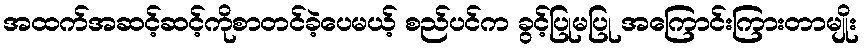
အထက်အဆင့်ဆင့်ကိုစာတင်ခဲ့ပေမယ့် စည်ပင်က ခွင့်ပြုမပြု အကြောင်းကြားတာမျိုး